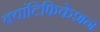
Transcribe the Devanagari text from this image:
क्वांटिफिकेशन